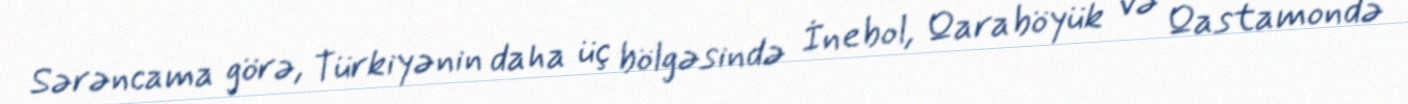
Sərəncama görə, Türkiyənin daha üç bölgəsində İnebol, Qaraböyük və Qastamondə